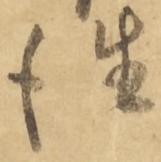
住